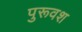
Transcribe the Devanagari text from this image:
पुरूवश